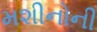
મશીનોની